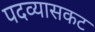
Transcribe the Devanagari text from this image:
पदव्यासकट